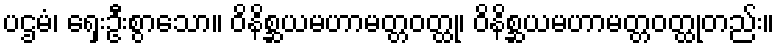
ပဌမံ၊ ရှေးဦးစွာသော။ ဝိနိစ္ဆယမဟာမတ္တဝတ္ထု၊ ဝိနိစ္ဆယမဟာမတ္တဝတ္ထုတည်း။